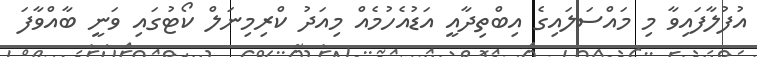
އުފުލާފައިވާ މި މައްސަލައިގެ އިބްތިދާއީ އަޑުއެހުމެއް މިއަދު ކްރިމިނަލް ކޯޓުގައި ވަނީ ބާއްވާފަ